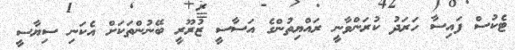
ޓެކުސް ފައިސާ ހަރަދު ކުރަންވާނީ ރައްޔިތުންގެ އަސާސީ ޒުރޫރީ ބޭނުންތަކަށް އެކަނި ސިޔާސީ